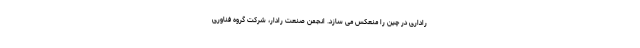
راداری در چین را منعکس می سازد. انجمن صنعت رادار، شرکت گروه فناوری